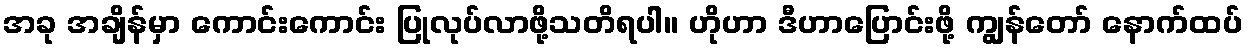
အခု အချိန်မှာ ကောင်းကောင်း ပြုလုပ်လာဖို့သတိရပါ။ ဟိုဟာ ဒီဟာပြောင်းဖို့ ကျွန်တော် နောက်ထပ်